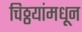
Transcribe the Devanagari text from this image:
चिठ्ठयांमधून